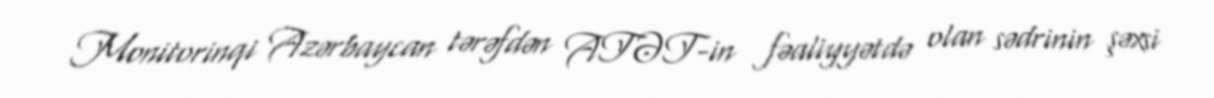
Monitorinqi Azərbaycan tərəfdən ATƏT-in fəaliyyətdə olan sədrinin şəxsi